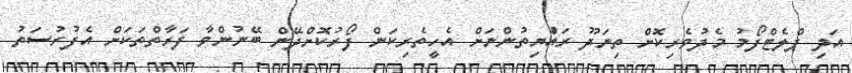
އަދި ޕްލެޓްފޯމު މެދުވެރިކޮށް ތިނަދޫ ރައްުޔިތުންނަށް އެހީތެރިކަން ފޯރުކޮށްދޭން ބޭނުންވާ ފަރާތްތަކަށް އެފުރުސަތު